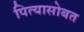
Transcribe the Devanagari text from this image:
पित्यासोबत